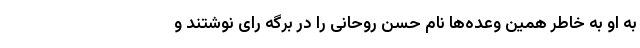
به او به خاطر همین وعده‌ها نام حسن روحانی را در برگه رای نوشتند و